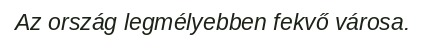
Az ország legmélyebben fekvő városa.